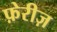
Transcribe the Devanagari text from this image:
फ़ेरीज़